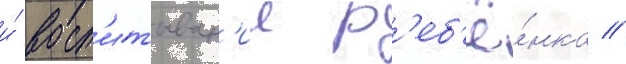
и́ восп'итыван'ие р'еб'ё́нка //